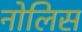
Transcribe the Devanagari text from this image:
नोलिस